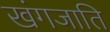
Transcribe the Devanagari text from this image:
खंगजाति